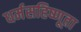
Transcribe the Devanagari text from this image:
धर्मसहिष्णूता